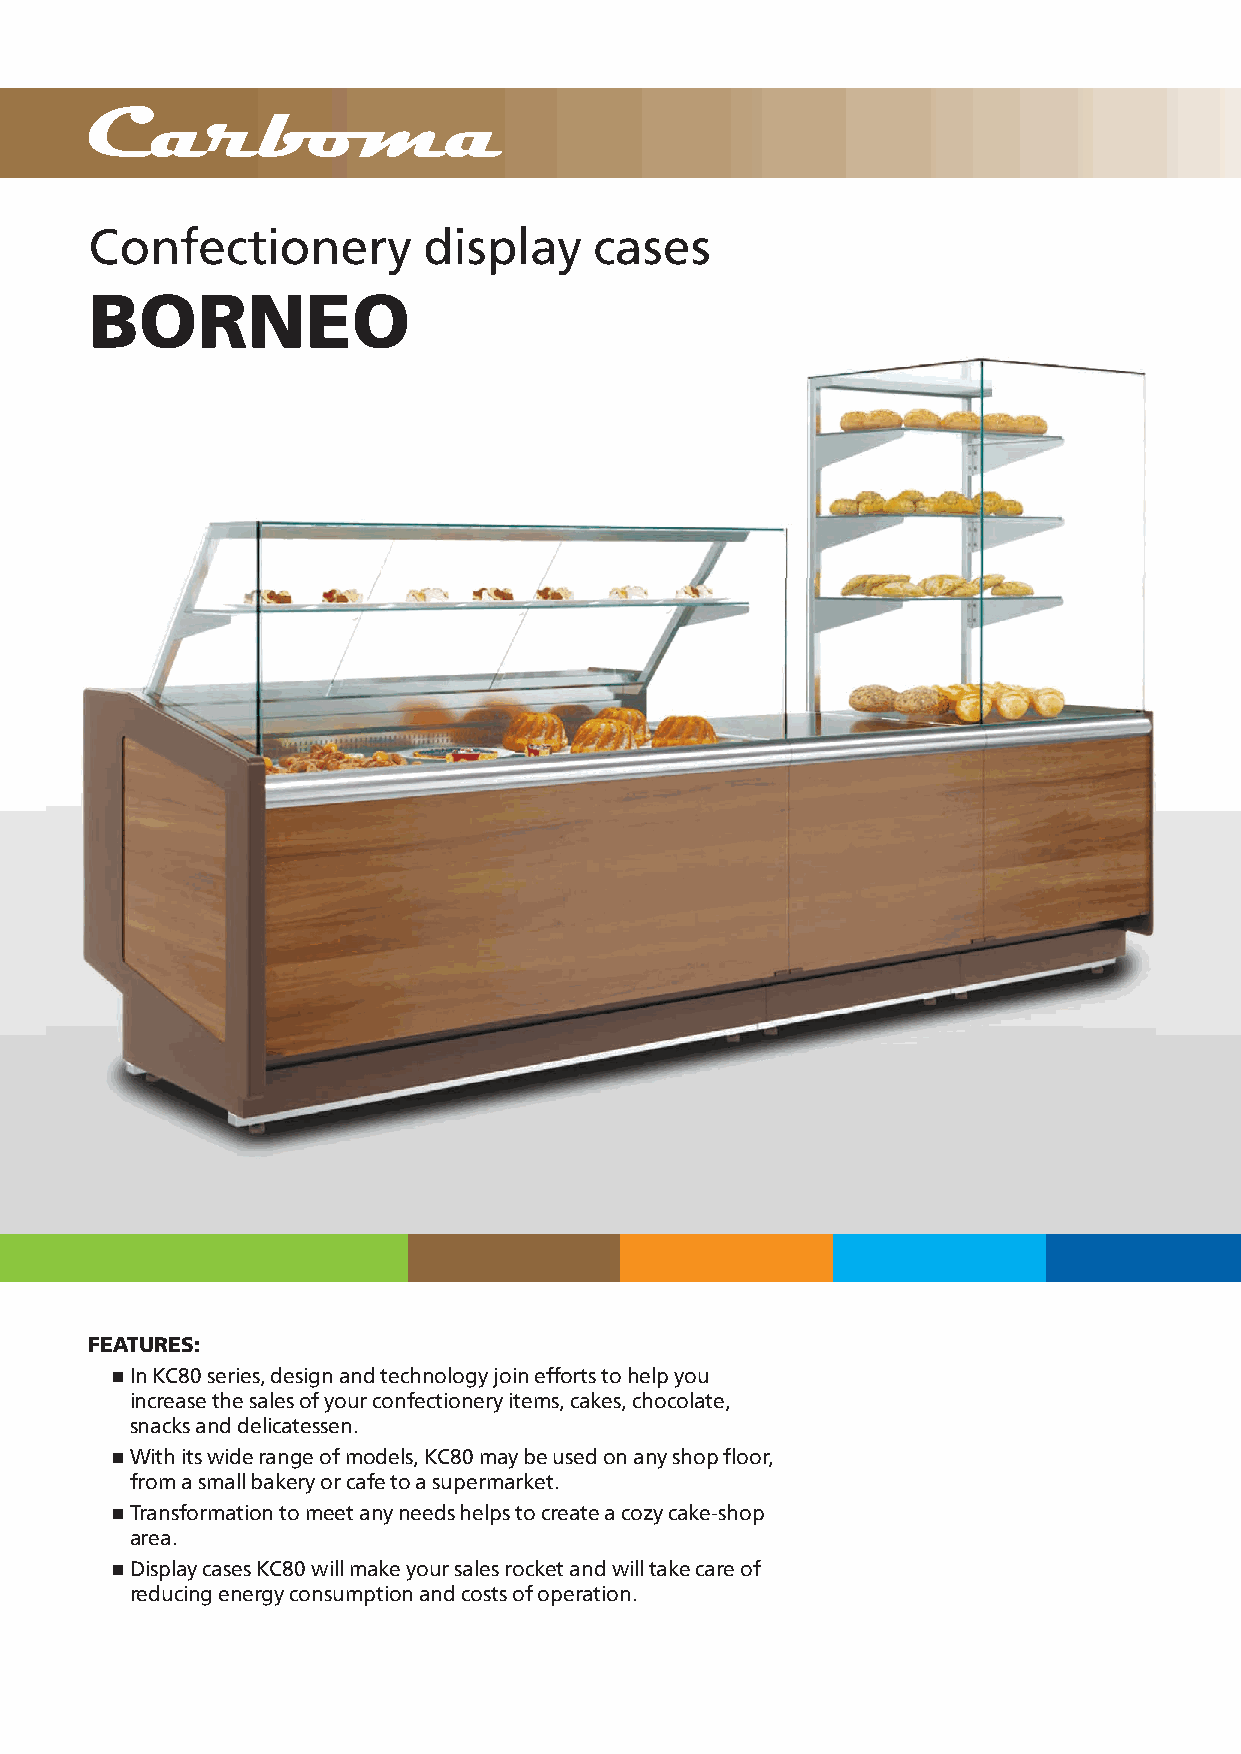
Confectionery         display    cases
 BORNEO
 FEATURES:
 n In KC80 series, design and technology join efforts to help you
 increase the sales of your confectionery items, cakes, chocolate,
 snacks and delicatessen.
 n With its wide range of models, KC80 may be used on any shop floor,
 from a small bakery or cafe to a supermarket.
 n Transformation to meet any needs helps to create a cozy cake-shop
 area.
 n Display cases KC80 will make your sales rocket and will take care of
 reducing energy consumption and costs of operation.